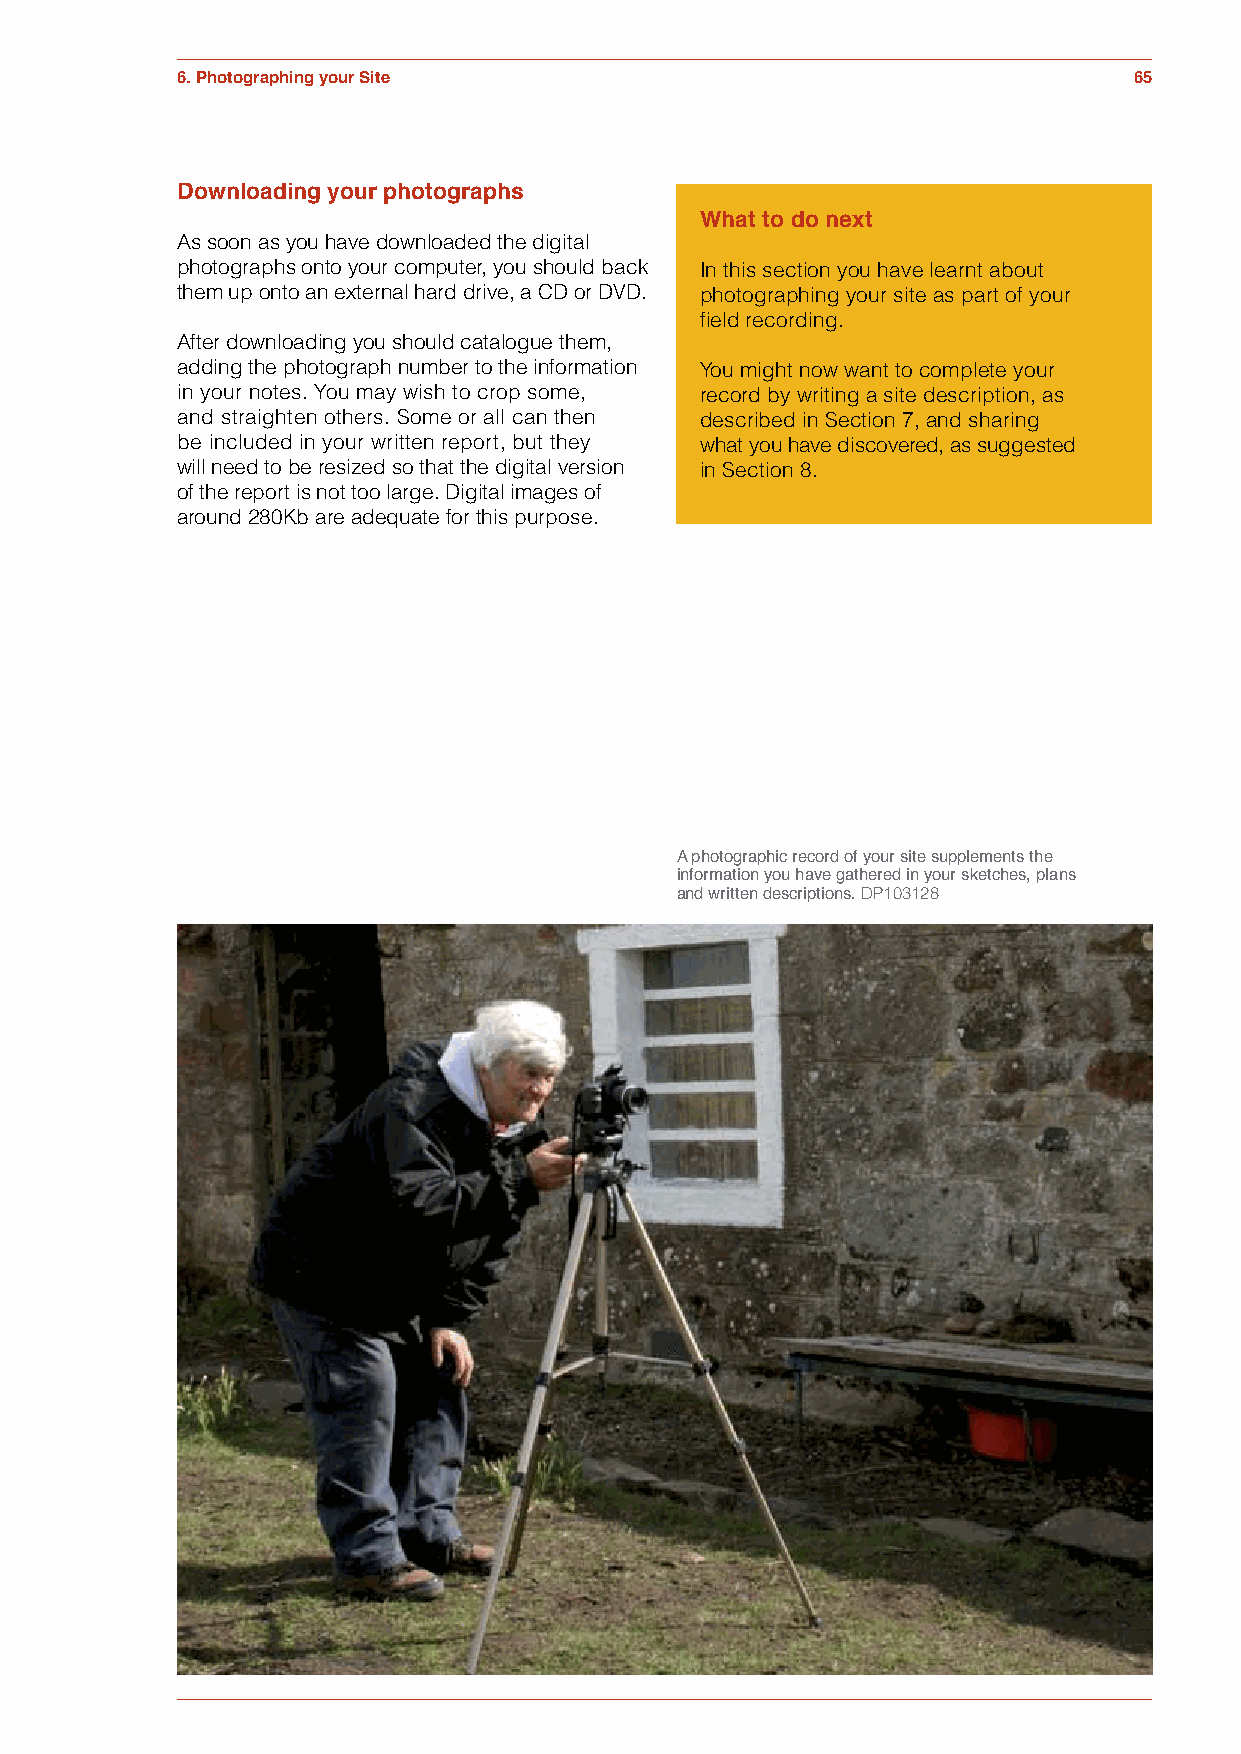
6. Photographing your Site                                     65
 Downloading your photographs
 What to do next
 As soon as you have downloaded the digital
 photographs onto your computer, you should back In this section you have learnt about
 them up onto an external hard drive, a CD or DVD. photographing your site as part of your
 field recording.
 After downloading you should catalogue them,
 adding the photograph number to the information You might now want to complete your
 in your notes. You may wish to crop some, record by writing a site description, as
 and straighten others. Some or all can then described in Section 7, and sharing
 be included in your written report, but they what you have discovered, as suggested
 will need to be resized so that the digital version in Section 8.
 of the report is not too large. Digital images of
 around 280Kb are adequate for this purpose.
 A photographic record of your site supplements the
 information you have gathered in your sketches, plans
 and written descriptions. DP103128